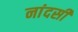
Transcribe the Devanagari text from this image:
नांदसी